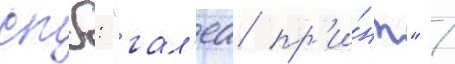
спб: "гал'еа пр'и́нт" /